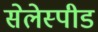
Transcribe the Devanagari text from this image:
सेलेस्पीड